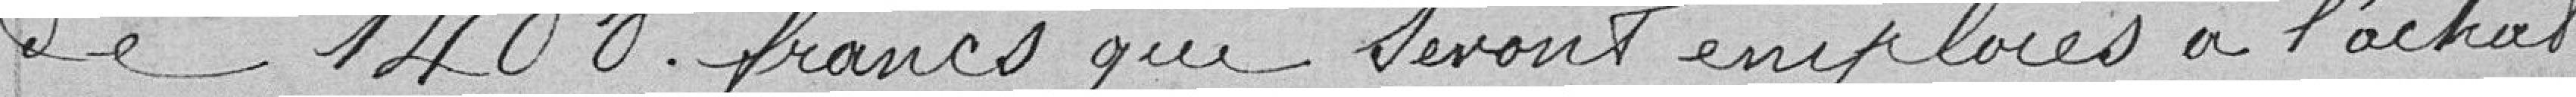
de 1.400 francs qui seront employés à l'achat